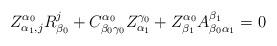
LaTeX: \begin{align*}Z^{\alpha_{0}}_{\alpha_{1},j}R^{j}_{\beta_{0}}+C^{\alpha_{0}}_{\beta_{0}\gamma_{0}}Z^{\gamma_{0}}_{\alpha_{1}}+Z^{\alpha_{0}}_{\beta_{1}}A^{\beta_{1}}_{\beta_{0}\alpha_{1}}=0\end{align*}